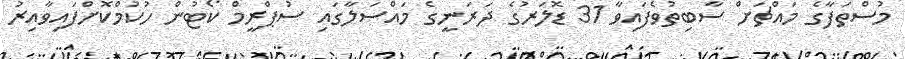
މުސްތަފާގެ މައްޗަށް ސާބިތުވެފައިވާ 31 ޑޮލަރުގެ ދަރަނީގެ މައްސަލާގައި ސުޕްރީމް ކޯޓުން ހުކުމްކޮށްފައިވާއިރު